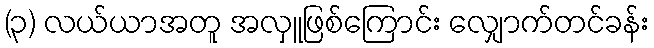
(၃) လယ်ယာအတူ အလှူဖြစ်ကြောင်း လျှောက်တင်ခန်း